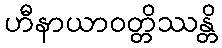
ဟီနာယာဝတ္တိဿန္တိ